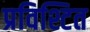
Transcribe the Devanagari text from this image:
प्रविश्टित